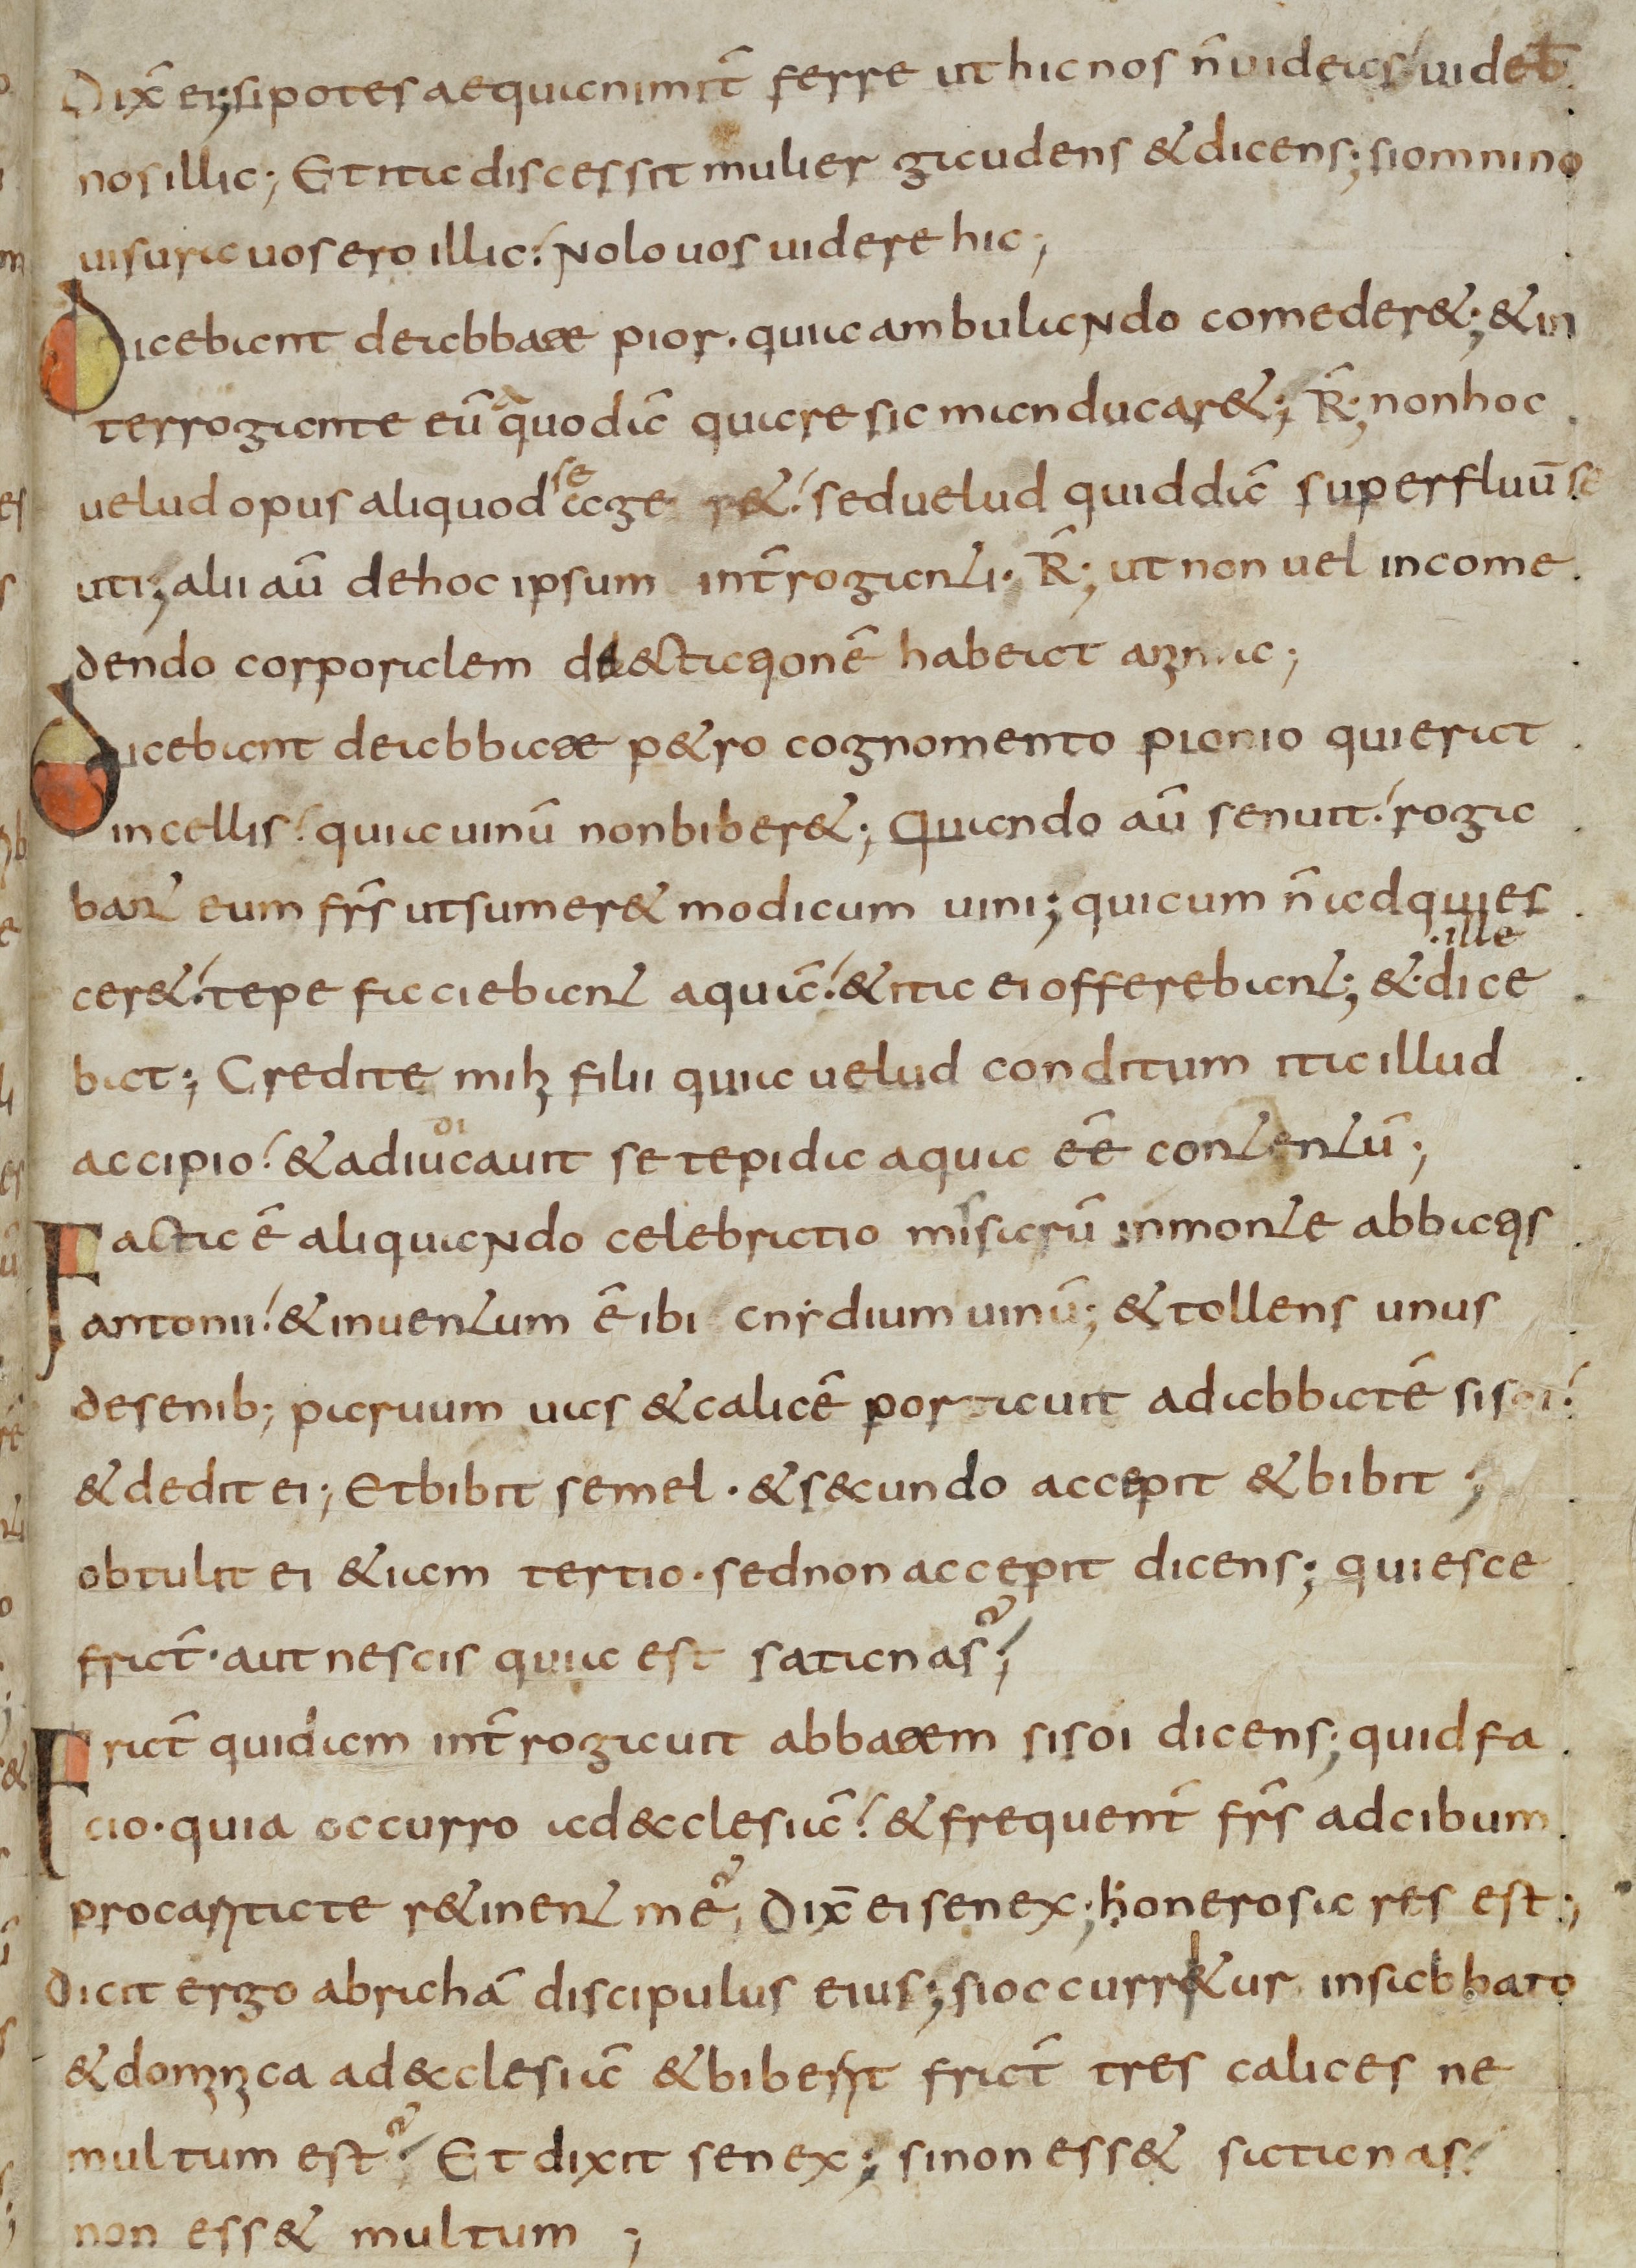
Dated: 800–849